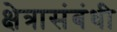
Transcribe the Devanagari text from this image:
क्षेत्रासंबंधी